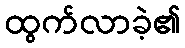
ထွက်လာခဲ့၏